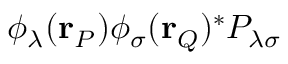
\phi _ { \lambda } ( \mathbf { r } _ { P } ) \phi _ { \sigma } ( \mathbf { r } _ { Q } ) ^ { * } P _ { \lambda \sigma }